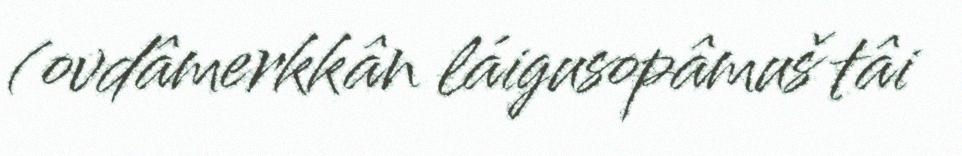
(ovdâmerkkân láigusopâmuš tâi